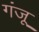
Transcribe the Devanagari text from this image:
गंजू